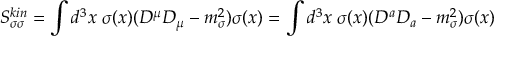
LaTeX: S _ { \sigma \sigma } ^ { k i n } = \int d ^ { 3 } x \; \sigma ( x ) ( D ^ { \mu } D _ { \mu } - m _ { \sigma } ^ { 2 } ) \sigma ( x ) = \int d ^ { 3 } x \; \sigma ( x ) ( D ^ { a } D _ { a } - m _ { \sigma } ^ { 2 } ) \sigma ( x )